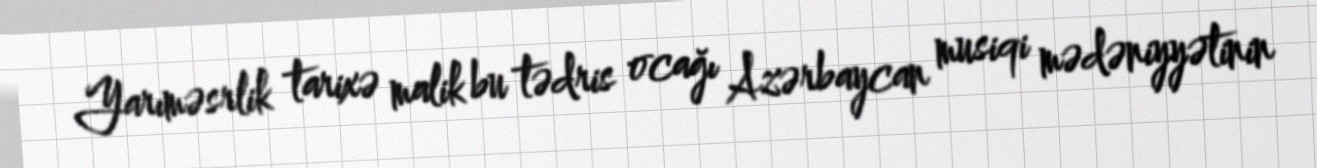
Yarıməsrlik tarixə malik bu tədris ocağı Azərbaycan musiqi mədəniyyətinin